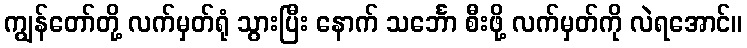
ကျွန်တော်တို့ လက်မှတ်ရုံ သွားပြီး နောက် သင်္ဘော စီးဖို့ လက်မှတ်ကို လဲရအောင်။